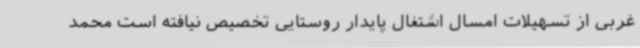
غربی از تسهیلات امسال اشتغال پایدار روستایی تخصیص نیافته است محمد